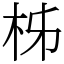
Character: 柹